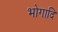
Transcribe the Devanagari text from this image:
भोगादि